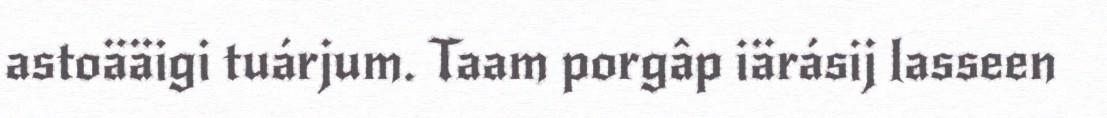
astoääigi tuárjum. Taam porgâp iärásij lasseen